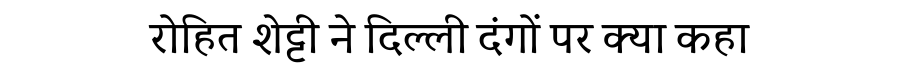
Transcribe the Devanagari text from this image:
रोहित शेट्टी ने दिल्ली दंगों पर क्या कहा